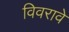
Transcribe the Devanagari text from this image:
विवरावे